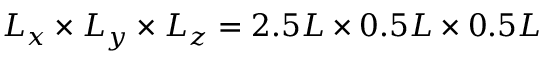
L _ { x } \times L _ { y } \times L _ { z } = 2 . 5 L \times 0 . 5 L \times 0 . 5 L